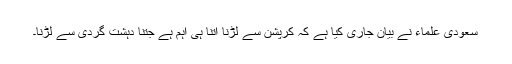
سعودی علماء نے بیان جاری کیا ہے کہ کرپشن سے لڑنا اتنا ہی اہم ہے جتنا دہشت گردی سے لڑنا۔